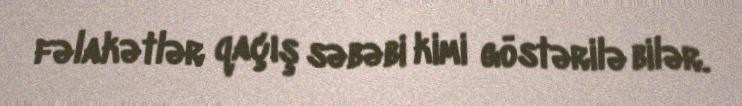
fəlakətlər qaçış səbəbi kimi göstərilə bilər.